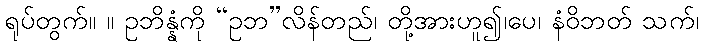
ရုပ်တွက်။ ။ ဥဘိန္နံကို “ဥဘ”လိန်တည်၊ တို့အားဟူ၍၊ပေ၊ နံဝိဘတ် သက်၊